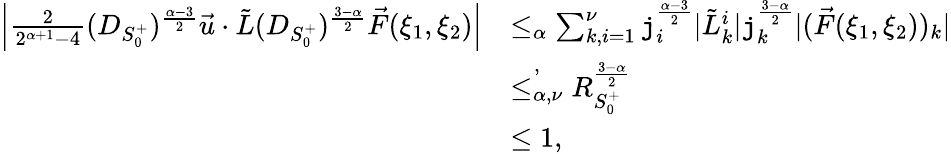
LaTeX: \begin{array}{rl}{\left|\frac{2}{2^{\alpha+1}-4}(D_{S_{0}^{+}})^{\frac{\alpha-3}2}\vec{u}\cdot\tilde{L}(D_{S_{0}^{+}})^{\frac{3-\alpha}{2}}\vec{F}(\xi_{1},\xi_{2})\right|}&{\le_{\alpha}\sum_{k,i=1}^{\nu}\mathtt{j}_{i}^{\frac{\alpha-3}2}|\tilde{L}_{k}^{i}|\mathtt{j}_{k}^{\frac{3-\alpha}{2}}|(\vec{F}(\xi_{1},\xi_{2}))_{k}|}\\ &{\overset{,}{\le_{\alpha,\nu}}R_{S_{0}^{+}}^{\frac{3-\alpha}2}}\\ &{\le 1,}\end{array}